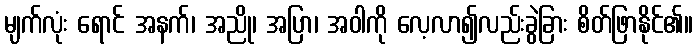
မျက်လုံး ရောင် အနက်၊ အညို၊ အပြာ၊ အဝါကို လေ့လာ၍လည်းခွဲခြား စိတ်ဖြာနိုင်၏။